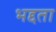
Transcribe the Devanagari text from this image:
भद्दता